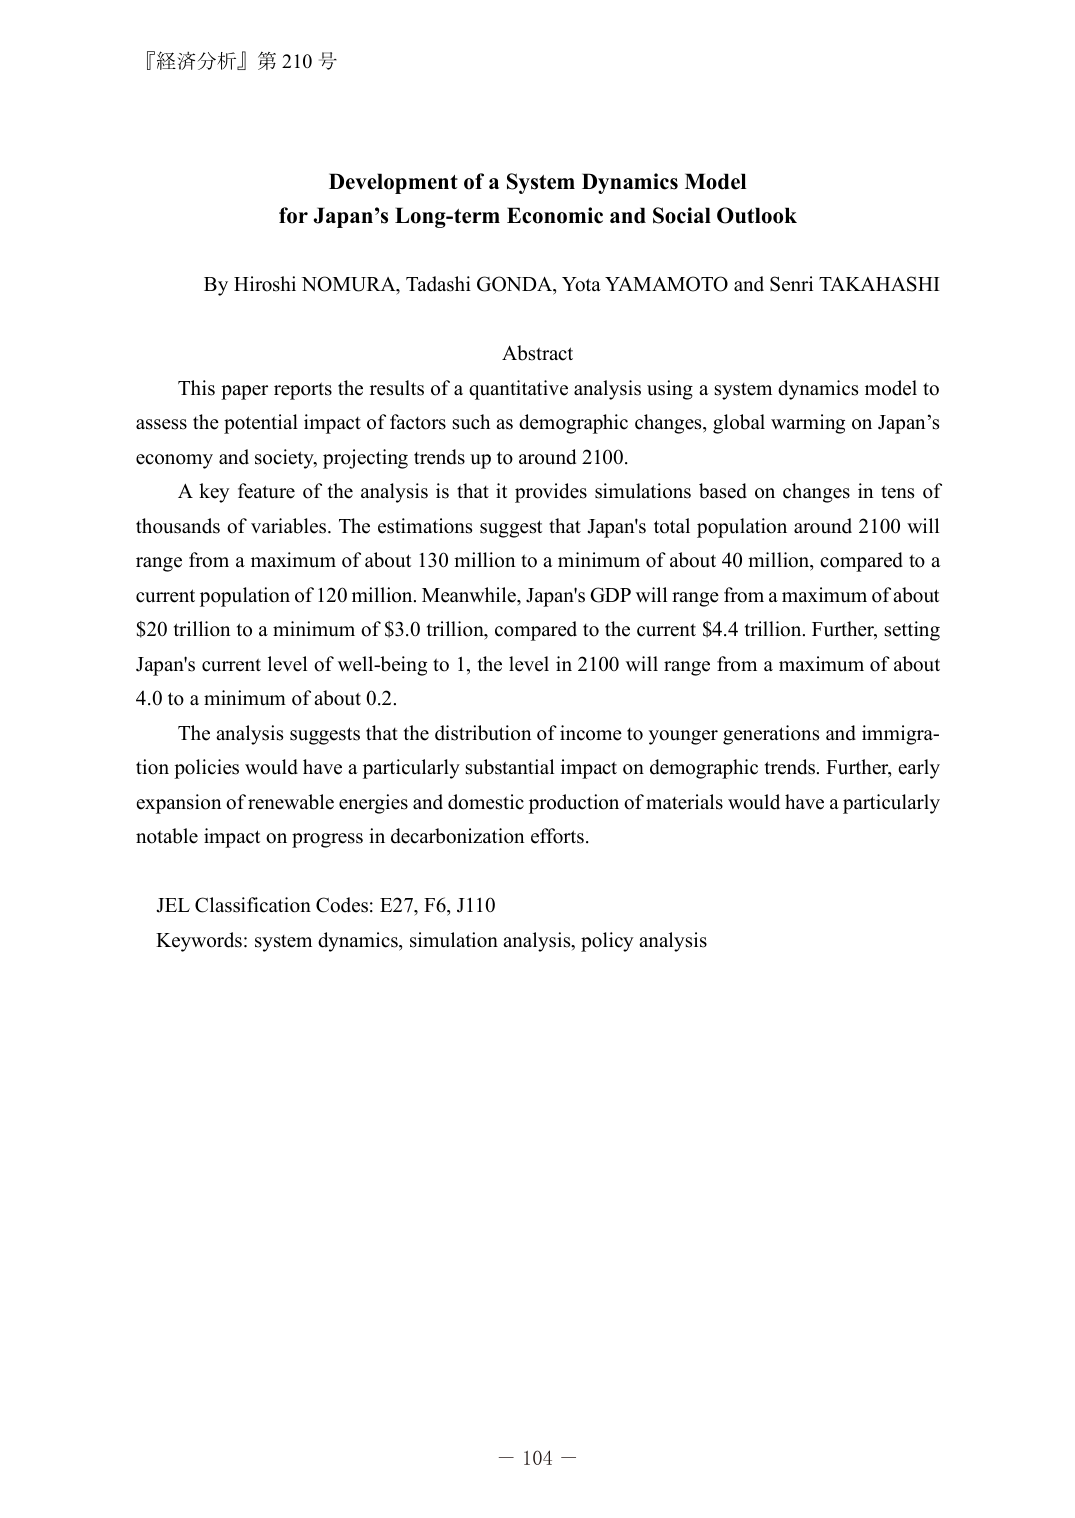
『経済分析』第 210 号

Development of a System Dynamics Model
for Japan’s Long-term Economic and Social Outlook

By Hiroshi NOMURA, Tadashi GONDA, Yota YAMAMOTO and Senri TAKAHASHI

Abstract
This paper reports the results of a quantitative analysis using a system dynamics model to assess the potential impact of factors such as demographic changes, global warming on Japan’s economy and society, projecting trends up to around 2100.
A key feature of the analysis is that it provides simulations based on changes in tens of thousands of variables. The estimations suggest that Japan's total population around 2100 will range from a maximum of about 130 million to a minimum of about 40 million, compared to a current population of 120 million. Meanwhile, Japan's GDP will range from a maximum of about $20 trillion to a minimum of $3.0 trillion, compared to the current $4.4 trillion. Further, setting Japan's current level of well-being to 1, the level in 2100 will range from a maximum of about 4.0 to a minimum of about 0.2.
The analysis suggests that the distribution of income to younger generations and immigration policies would have a particularly substantial impact on demographic trends. Further, early expansion of renewable energies and domestic production of materials would have a particularly notable impact on progress in decarbonization efforts.

JEL Classification Codes: E27, F6, J110
Keywords: system dynamics, simulation analysis, policy analysis

－ 104 －